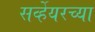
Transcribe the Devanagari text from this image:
सर्व्हेयरच्या